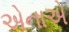
એનાએ